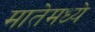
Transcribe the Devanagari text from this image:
मातेमध्ये